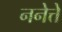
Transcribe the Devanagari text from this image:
ननेत्ते